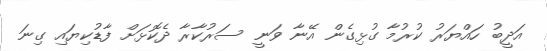
އަދީބު ހައްޔަރު ކުރުމާ ގުޅިގެން އޭނާ ވަނީ ސަރުކާރާ ދެކޮޅަށް ފާޑުކިޔައި ގިނަ